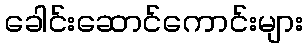
ခေါင်းဆောင်ကောင်းများ